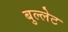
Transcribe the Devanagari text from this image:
बुल्लेट